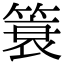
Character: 簑